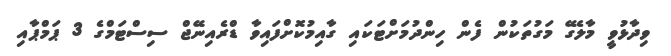
ވިދާޅުވީ މާލެގޭ މަގުތަކުން ފެން ހިންދުމަށްޓަކައި ގާއިމުކޮށްފައިވާ ޑްރެއިނޭޖް ސިސްޓަމްގެ 3 ޕަމްޕާއި